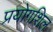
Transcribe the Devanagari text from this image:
प्रयोगशिल